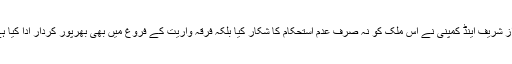
نواز شریف اینڈ کمپنی نے اس ملک کو نہ صرف عدم استحکام کا شکار کیا بلکہ فرقہ واریت کے فروغ میں بھی بھرپور کردار ادا کیا ہے۔